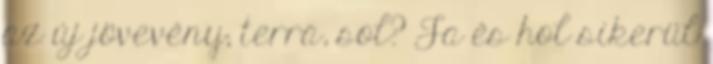
az új jövevény; terra, sol? Ja és hol sikerül